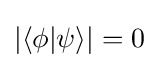
|\langle \phi |\psi \rangle |=0